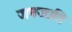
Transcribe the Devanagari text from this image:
जनजाति